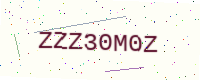
Text: ZZZ30M0Z